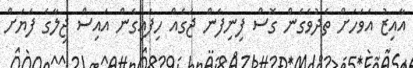
އާއިޒު އަވަހަށް ތެދުވެގެން ގޮސް ފިނިފެން ޖަގެއް ހިފައިގެން އައިސް ޖިލާގެ ފަޔަށް